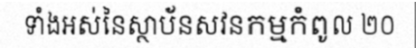
ទាំងអស់នៃស្ថាប័នសវនកម្មកំពូល ២០